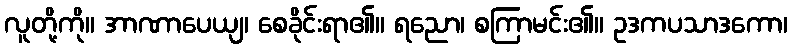
လူတို့ကို။ အာဏာပေယျ၊ စေခိုင်းရာ၏။ ရညော၊ စကြာမင်း၏။ ဥဒကပသာဒကော၊